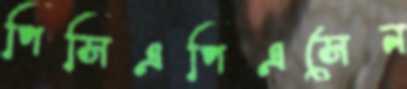
পিসিএপিএসেন